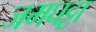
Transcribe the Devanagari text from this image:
जमघट्टा